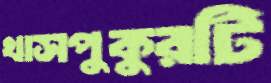
খাসপুকুরটি